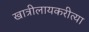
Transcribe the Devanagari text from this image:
खात्रीलायकरीत्या